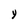
Character: y